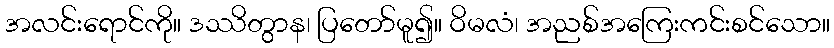
အလင်းရောင်ကို။ ဒဿိတွာန၊ ပြတော်မူ၍။ ဝိမလံ၊ အညစ်အကြေးကင်းစင်သော။